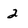
Character: 2